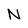
Character: N